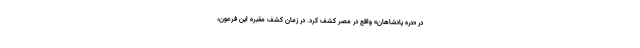
در «دره پادشاهان» واقع در مصر کشف کرد. در زمان کشف مقبره این فرعون،